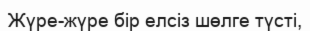
Жүре-жүре бір елсіз шөлге түсті,